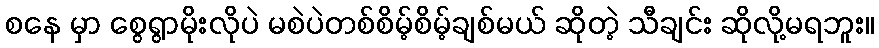
စနေ မှာ စွေရွာမိုးလိုပဲ မစဲပဲတစ်စိမ့်စိမ့်ချစ်မယ် ဆိုတဲ့ သီချင်း ဆိုလို့မရဘူး။